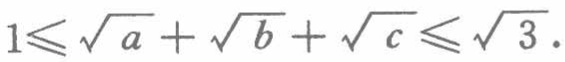
$1\leqslant\sqrt{a}+\sqrt{b}+\sqrt{c}\leqslant\sqrt{3}$